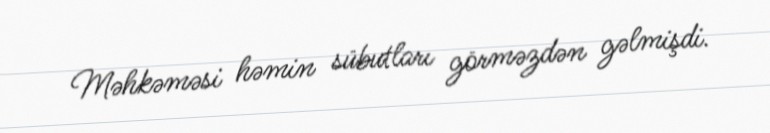
Məhkəməsi həmin sübutları görməzdən gəlmişdi.